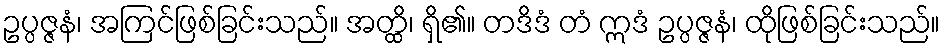
ဥပ္ပဇ္ဇနံ၊ အကြင်ဖြစ်ခြင်းသည်။ အတ္ထိ၊ ရှိ၏။ တဒိဒံ တံ ဣဒံ ဥပ္ပဇ္ဇနံ၊ ထိုဖြစ်ခြင်းသည်။